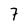
Character: 7